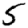
Digit: 5